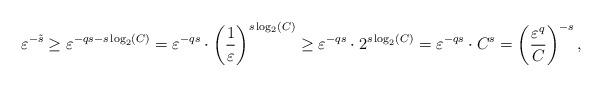
LaTeX: \begin{align*} \varepsilon^{-\tilde{s}} \geq \varepsilon^{-q s - s\log_2(C)} = \varepsilon^{-q s} \cdot \left(\frac{1}{\varepsilon}\right)^{s\log_2(C)} \geq \varepsilon^{-q s} \cdot 2^{s\log_2(C)} = \varepsilon^{-q s} \cdot C^s = \left(\frac{\varepsilon^{q}}{C}\right)^{-s}, \end{align*}